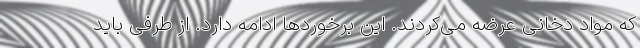
که مواد دخانی عرضه می‌کردند. این برخوردها ادامه دارد. از طرفی باید